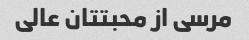
مرسی از محبتتان عالی